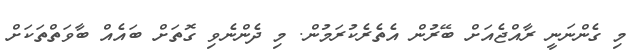
މި ގެންނަނީ ރާއްޖެއަށް ބޭރުން އެތެރެކުރަމުން. މި ދެންނެވި ގޮތަށް ބައެއް ބާވަތްތަކަށް